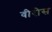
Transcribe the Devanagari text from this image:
वीरोस